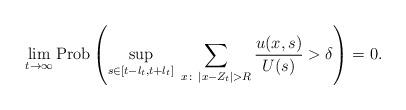
LaTeX: \begin{align*}\lim_{t \to \infty} \textnormal{Prob} \left( \sup_{s \in [t-l_t,t+l_t]} \; \sum_{x \colon\, |x-Z_t|>R} \frac{u(x,s)}{U(s)} > \delta \right) = 0.\end{align*}